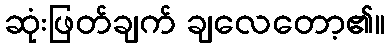
ဆုံးဖြတ်ချက် ချလေတော့၏။